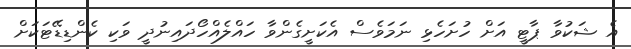
އެ ޝަކުވާ ޕާޓީ އަށް ހުށަހެޅި ނަމަވެސް އެކަށީގެންވާ ހައްލެއްހޯދައިނުދީ ވަކި ކެންޑިޑޭޓަކަށް